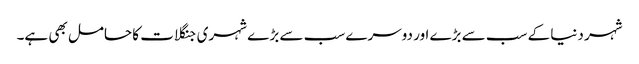
شہر دنیا کے سب سے بڑے اور دوسرے سب سے بڑ ے شہری جنگلات کا حامل بھی ہے۔